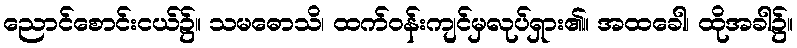
ညောင်စောင်းငယ်၌။ သမဓောသိ၊ ထက်ဝန်းကျင်မှလုပ်ရှား၏။ အထခေါ၊ ထိုအခါ၌။